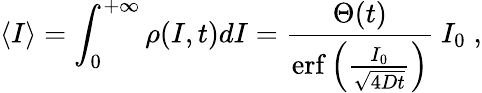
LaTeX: \left\langle I\right\rangle=\int_{0}^{+\infty}\rho(I,t)dI=\frac{\Theta(t)}{\mathrm{erf}\left(\frac{I_{0}}{\sqrt{4Dt}}\right)}\ I_{0}\; ,